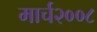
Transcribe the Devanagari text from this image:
मार्च२००८